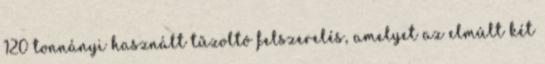
120 tonnányi használt tűzoltó felszerelés, amelyet az elmúlt két